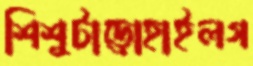
শিশুটাড়োহাইলগ